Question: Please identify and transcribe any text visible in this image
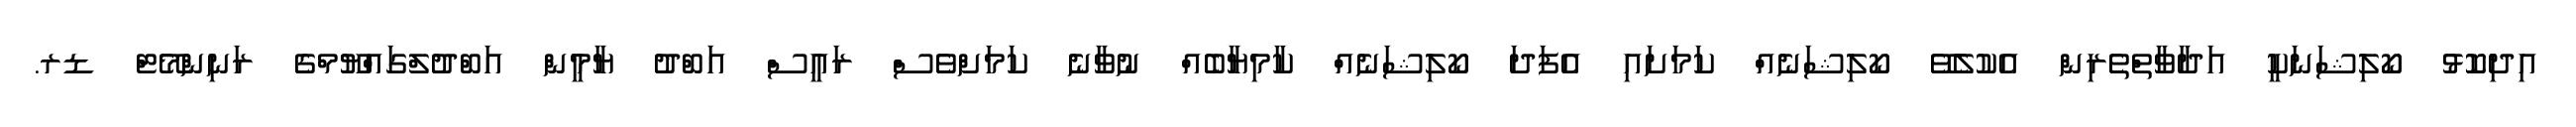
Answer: އިދިކޮޅު ކޯލިޝަނަކީ އަދާވާތްތެރިން އެކުލެވޭ ކޯލިޝަނެއް ކަމަށައި އެފަދަ ކޯލިޝަނެއް ކާމިޔާބެއް ނުވާނެ ކަމަށްވެސް ރައީސް އަބްދު ޔާމީން އަބްދުލްގައްޔޫމްގެ ރަނިންމޭޓް ޑރ.